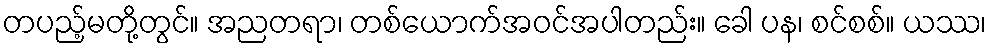
တပည့်မတို့တွင်။ အညတရာ၊ တစ်ယောက်အဝင်အပါတည်း။ ခေါ ပန၊ စင်စစ်။ ယဿ၊